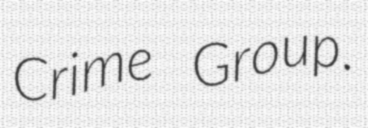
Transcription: Crime Group.